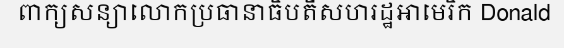
ពាក្យសន្យាលោកប្រធានាធិបតីសហរដ្ឋអាមេរិក Donald